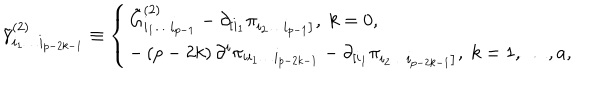
\tilde { \gamma } _ { i _ { 1 } \ldots i _ { p - 2 k - 1 } } ^ { ( 2 ) } \equiv \left\{ \begin{array} { l } { { \tilde { G } _ { i _ { 1 } \ldots i _ { p - 1 } } ^ { ( 2 ) } - \partial _ { \left[ i _ { 1 } \right. } ^ { } \pi _ { \left. i _ { 2 } \ldots i _ { p - 1 } \right] } , \; k = 0 , } } \\ { { - \left( p - 2 k \right) \partial ^ { i } \pi _ { i i _ { 1 } \ldots i _ { p - 2 k - 1 } } - \partial _ { \left[ i _ { 1 } \right. } ^ { } \pi _ { \left. i _ { 2 } \ldots i _ { p - 2 k - 1 } \right] } , \; k = 1 , \ldots , a , } } \\ \end{array} \right.